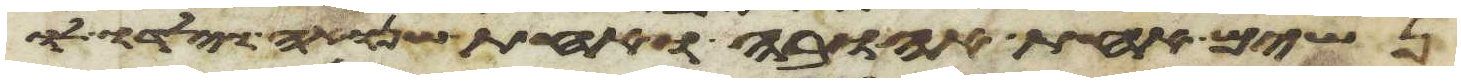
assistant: נשים אחת אהובה ואחת שנואה וילדו לו